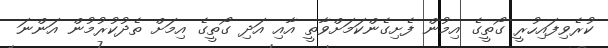
ކުރެވިފައިހުރީ ގޯތީގެ އިމުން ފެށިގެންކަމަށްވާތީ އާއި އަދި ގޯތީގެ އިމަށް ތެދުކުރުމުން އަންނަ